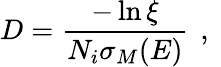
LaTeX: D=\frac{-\ln{\xi}}{N_{i}\sigma_{M}(E)}\, \mathrm{~,~}